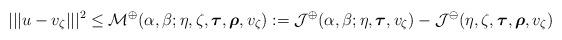
LaTeX: \begin{align*} |||u-v_\zeta|||^2 \leq \mathcal{M}^\oplus(\alpha,\beta;\eta,\zeta,\boldsymbol{\tau},\boldsymbol{\rho},v_{\zeta}) := \mathcal{J}^\oplus(\alpha,\beta;\eta,\boldsymbol{\tau},v_\zeta) - \mathcal{J}^\ominus(\eta,{\zeta},\boldsymbol{\tau},\boldsymbol{\rho},v_\zeta)\end{align*}